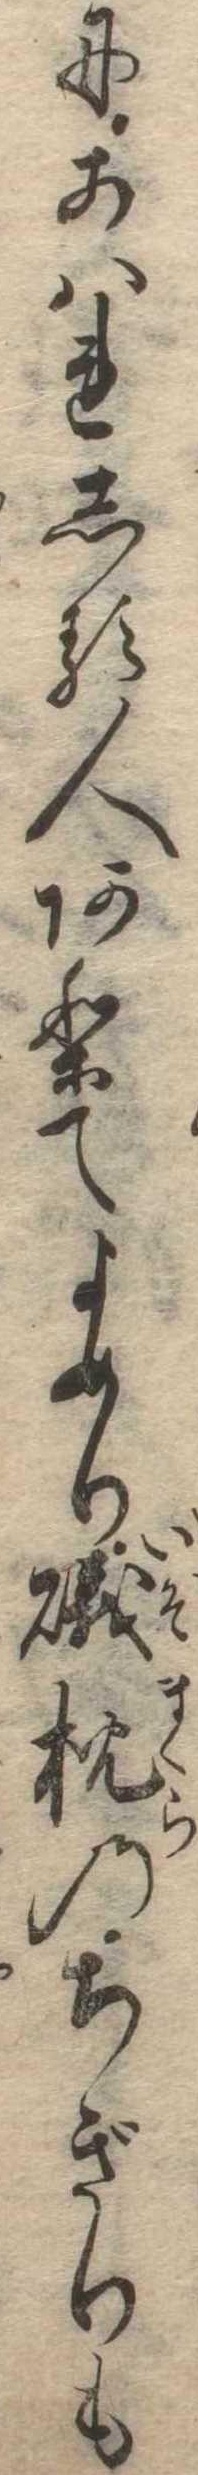
にあはれしる人ありてよめり磯枕のちぎりも